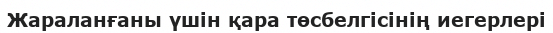
Жараланғаны үшін қара төсбелгісінің иегерлері